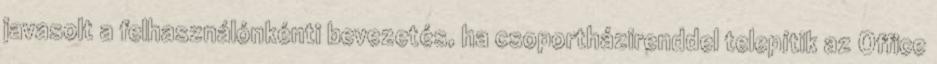
javasolt a felhasználónkénti bevezetés, ha csoportházirenddel telepítik az Office